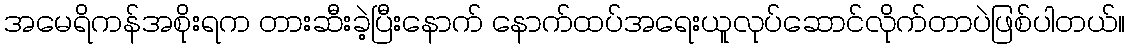
အမေရိကန်အစိုးရက တားဆီးခဲ့ပြီးနောက် နောက်ထပ်အရေးယူလုပ်ဆောင်လိုက်တာပဲဖြစ်ပါတယ်။